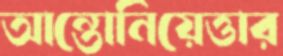
আন্তোনিয়েত্তার